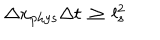
LaTeX: \Delta x _ { \mathrm { p h y s } } \Delta t \, \geq \, l _ { s } ^ { 2 }